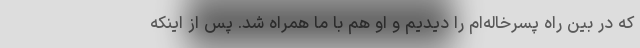
که در بین راه پسرخاله‌ام را دیدیم و او هم با ما همراه شد. پس از اینکه